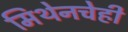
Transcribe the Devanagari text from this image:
मिथेनचेही